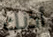
أذنك